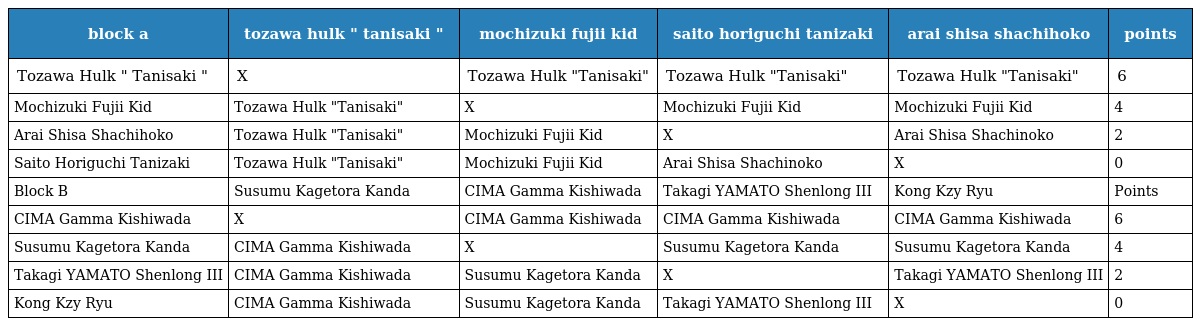
| block a | tozawa hulk " tanisaki " | mochizuki fujii kid | saito horiguchi tanizaki | arai shisa shachihoko | points |
 | --- | --- | --- | --- | --- | --- |
 | Tozawa Hulk " Tanisaki " | X | Tozawa Hulk "Tanisaki" | Tozawa Hulk "Tanisaki" | Tozawa Hulk "Tanisaki" | 6 |
 | Mochizuki Fujii Kid | Tozawa Hulk "Tanisaki" | X | Mochizuki Fujii Kid | Mochizuki Fujii Kid | 4 |
 | Arai Shisa Shachihoko | Tozawa Hulk "Tanisaki" | Mochizuki Fujii Kid | X | Arai Shisa Shachinoko | 2 |
 | Saito Horiguchi Tanizaki | Tozawa Hulk "Tanisaki" | Mochizuki Fujii Kid | Arai Shisa Shachinoko | X | 0 |
 | Block B | Susumu Kagetora Kanda | CIMA Gamma Kishiwada | Takagi YAMATO Shenlong III | Kong Kzy Ryu | Points |
 | CIMA Gamma Kishiwada | X | CIMA Gamma Kishiwada | CIMA Gamma Kishiwada | CIMA Gamma Kishiwada | 6 |
 | Susumu Kagetora Kanda | CIMA Gamma Kishiwada | X | Susumu Kagetora Kanda | Susumu Kagetora Kanda | 4 |
 | Takagi YAMATO Shenlong III | CIMA Gamma Kishiwada | Susumu Kagetora Kanda | X | Takagi YAMATO Shenlong III | 2 |
 | Kong Kzy Ryu | CIMA Gamma Kishiwada | Susumu Kagetora Kanda | Takagi YAMATO Shenlong III | X | 0 |